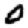
Digit: 0